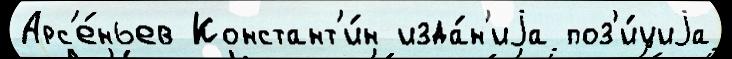
Арс'е́ньев Констант'и́н изда́н'иjа поз'и́циjа